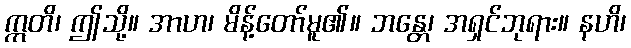
ဣတိ၊ ဤသို့။ အာဟ၊ မိန့်တော်မူ၏။ ဘန္တေ၊ အရှင်ဘုရား။ နဟိ၊